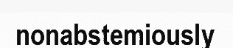
nonabstemiously